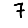
Digit: 7